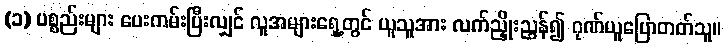
(၁) ပစ္စည်းများ ပေးကမ်းပြီးလျှင် လူအများရှေ့တွင် ယူသူအား လက်ညှိုးညွှန်၍ ဂုဏ်ယူပြောတတ်သူ။